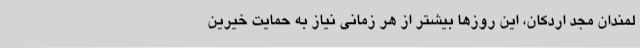
لمندان مجد اردکان، این روزها بیشتر از هر زمانی نیاز به حمایت خیرین